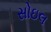
સોઇલ